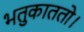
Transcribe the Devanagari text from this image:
भतुकाततो।